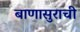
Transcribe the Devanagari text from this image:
बाणासुराची